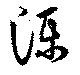
濼